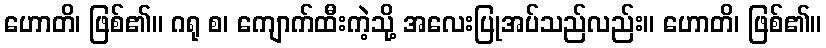
ဟောတိ၊ ဖြစ်၏။ ဂရု စ၊ ကျောက်ထီးကဲ့သို့ အလေးပြုအပ်သည်လည်း။ ဟောတိ၊ ဖြစ်၏။